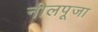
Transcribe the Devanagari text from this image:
नीलपूजा